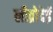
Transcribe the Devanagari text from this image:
लीव्रोदेई